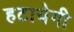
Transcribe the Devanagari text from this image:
हटायेगी